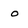
Character: o